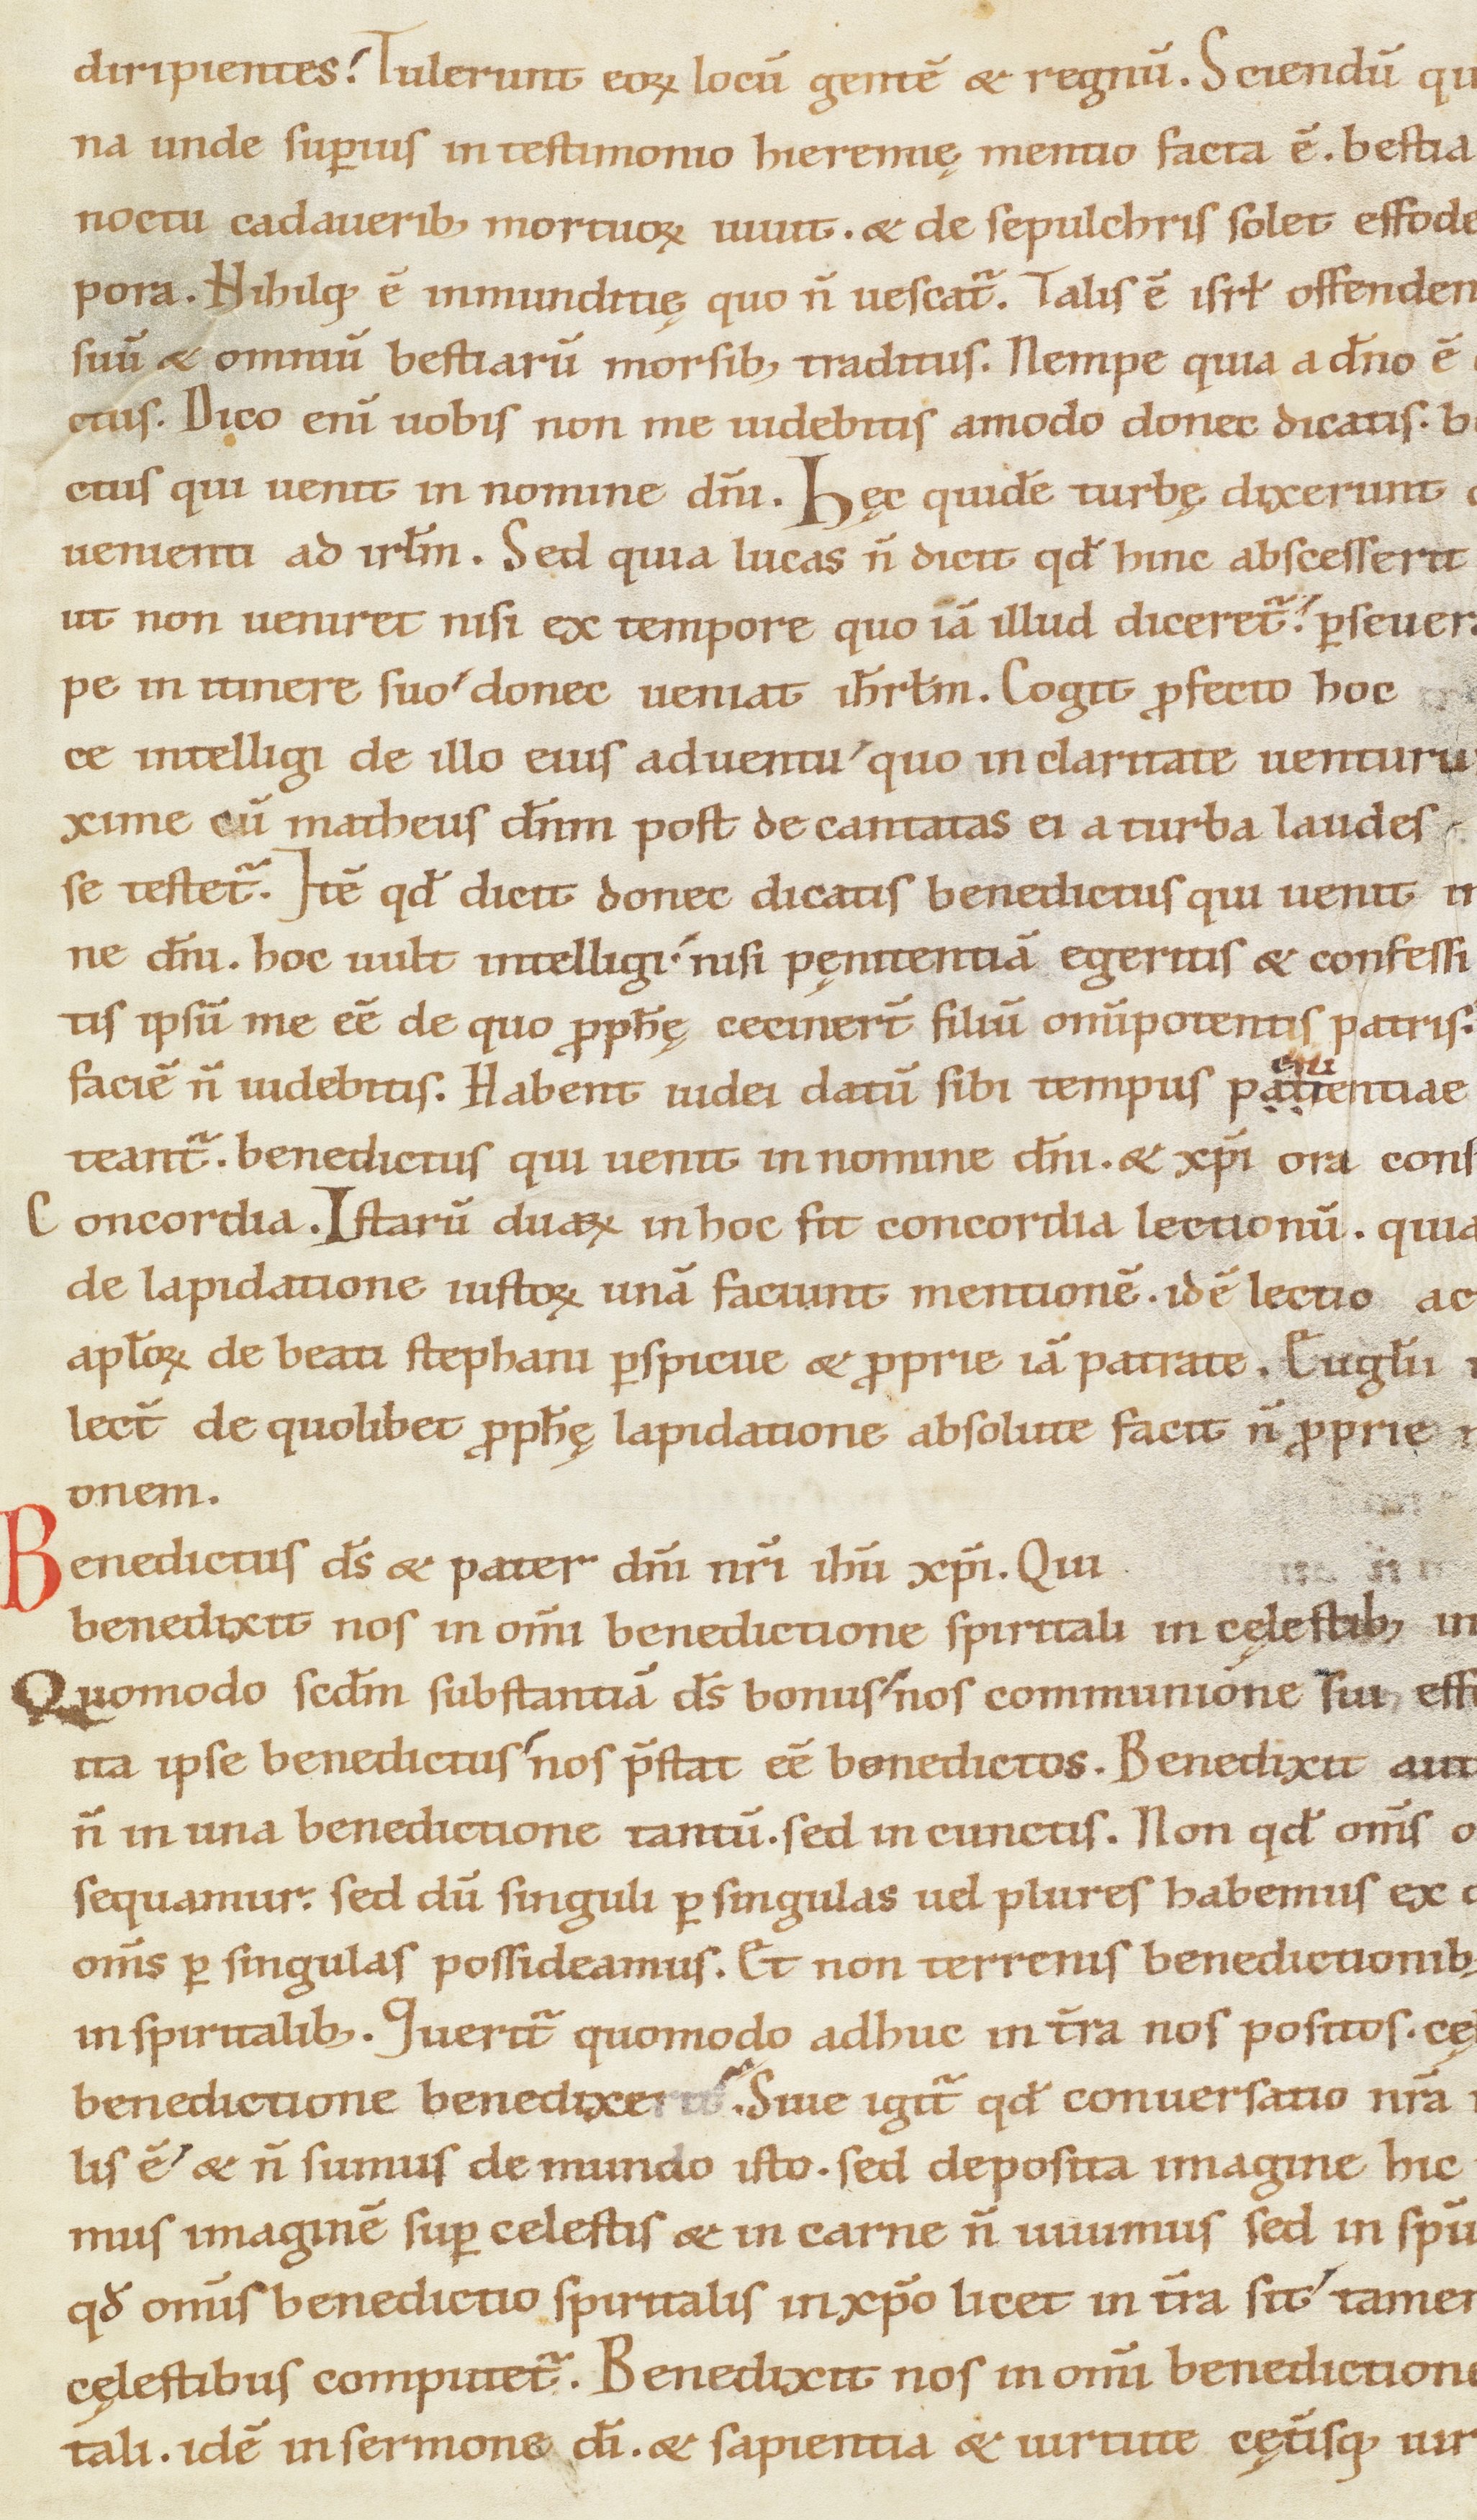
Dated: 1100–1199